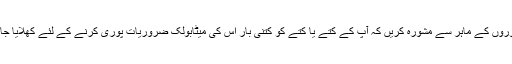
اپنے جانوروں کے ماہر سے مشورہ کریں کہ آپ کے کتے یا کتے کو کتنی بار اس کی میٹابولک ضروریات پوری کرنے کے لئے کھلایا جانا چاہئے۔